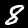
Digit: 8